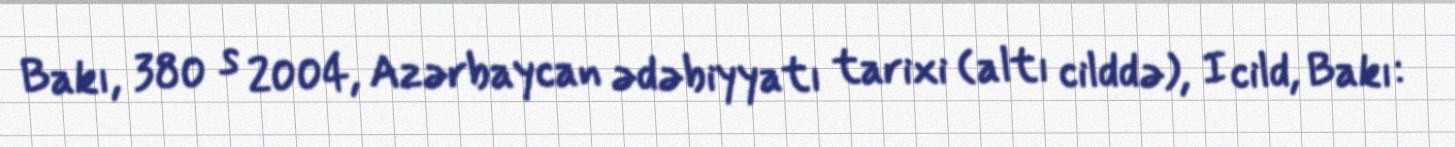
Bakı, 380 s 2004, Azərbaycan ədəbiyyatı tarixi (altı cilddə), I cild, Bakı: